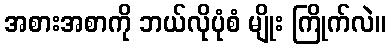
အစားအစာကို ဘယ်လိုပုံစံ မျိုး ကြိုက်လဲ။